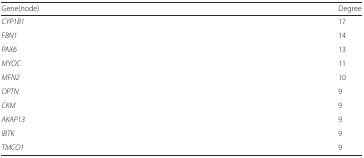
<table><thead><tr><td><b>Gene(node)</b></td><td><b>Degree</b></td></tr></thead><tbody><tr><td><i>CYP1B1</i></td><td>17</td></tr><tr><td><i>FBN1</i></td><td>14</td></tr><tr><td><i>PAX6</i></td><td>13</td></tr><tr><td><i>MYOC</i></td><td>11</td></tr><tr><td><i>MFN2</i></td><td>10</td></tr><tr><td><i>OPTN</i></td><td>9</td></tr><tr><td><i>CKM</i></td><td>9</td></tr><tr><td><i>AKAP13</i></td><td>9</td></tr><tr><td><i>IBTK</i></td><td>9</td></tr><tr><td><i>TMCO1</i></td><td>9</td></tr></tbody></table>